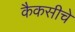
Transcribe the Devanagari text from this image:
कैकसीचे